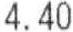
4.40